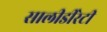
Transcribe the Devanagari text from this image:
सालीडीरेटी